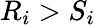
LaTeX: R_{i}>S_{i}